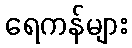
ရေကန်များ